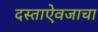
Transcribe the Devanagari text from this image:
दस्ताऐवजाचा